On the standardisation of anti-typhoid vaccine - Number 21
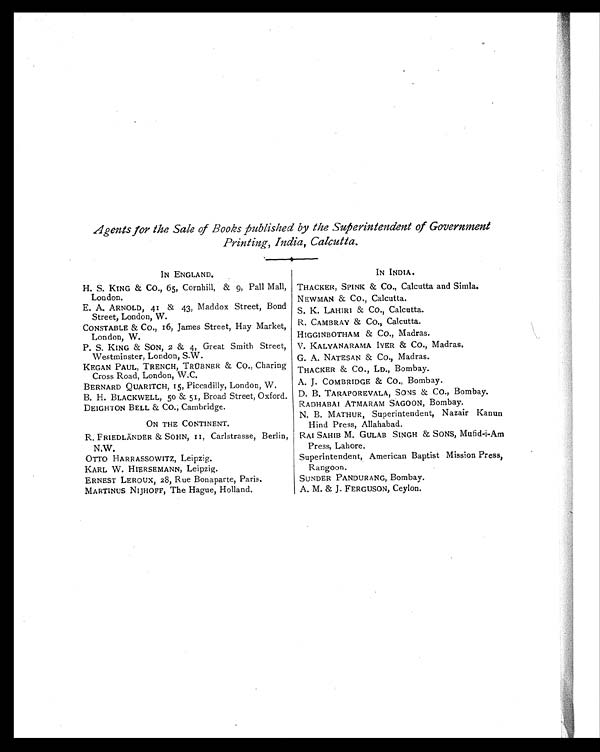
Agents for the Sale of Books published by the Superintendent of Government
Printing, India, Calcutta.
IN ENGLAND.
IN INDIA.
H. S. KING & CO., 65, Cornhill, & 9, Pall Mall,
London.
THACKER, SPINK & CO., Calcutta and Simla.
NEWMAN & Co., Calcutta.
E. A. ARNOLD, 41 & 43, Maddox Street, Bond
Street, London, W.
S. K. LAHIRI & CO., Calcutta.
CONSTABLE & CO., 16, James Street, Hay Market,
London, W.
R. CAMBRAY & CO., Calcutta.
HIGGINBOTHAM & CO., Madras.
P. S. KING & SON, 2 & 4, Great Smith Street,
Westminster, London, S.W.
V. KALYANARAMA IYER & CO, Madras.
G. A. NATESAN & CO., Madras.
KEGAN PAUL, TRENCH, TRÜBNER & CO., Charing
Cross Road, London, W.C.
THACKER & CO., LD., Bombay.
A. J. COMBRIDGE & CO., Bombay.
BERNARD QUARITCH, 15, Piccadilly, London, W.
B. H. BLACKWELL, 50 & 51, Broad Street, Oxford. D. B. TARAPOREVALA, SONS & CO., Bombay.
DEIGHTON BELL & CO., Cambridge.
RADHABAI ATMARAM SAGOON, Bombay.
ON THE CONTINENT.
N. B. MATHUR, Superintendent, Nazair Kanun
Hind Press, Allahabad.
R. FRIEDLÄDER & SOHN, 11, Carlstrasse, Berlin,
N.W.
RAI SAHIB M. GULAB SINGH & SONS, Mufid-i-Am
Press, Lahore.
OTTO HARRASSOWITZ, Leipzig.
Superintendent, American Baptist Mission Press,
Rangoon.
KARL W. HIERSEMANN, Leipzig.
ERNEST LEROUX, 28, Rue Bonaparte, Paris.
SUNDER PANDURANG, Bombay.
MARTINUS NIJHOFF, The Hague, Holland.
A. M. & J. FERGUSON, Ceylon.